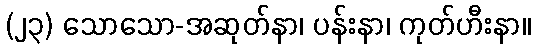
(၂၃) သောသော-အဆုတ်နာ၊ ပန်းနာ၊ ကုတ်ဟီးနာ။